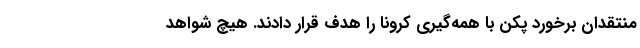
منتقدانِ برخورد پکن با همه‌گیری کرونا را هدف قرار دادند. هیچ شواهد